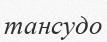
тансудо